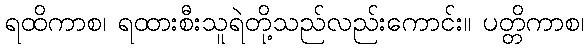
ရထိကာစ၊ ရထားစီးသူရဲတို့သည်လည်းကောင်း။ ပတ္တိကာစ၊